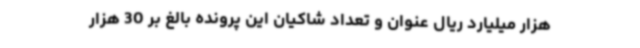
هزار میلیارد ریال عنوان و تعداد شاکیان این پرونده بالغ بر 30 هزار